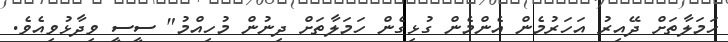
ހަމަލާތަށް ދޭއިރު އަހަރުމެން އެންމެން ގުޅިގެން ހަމަލާތަށް ދިނުން މުހިއްމު" ސީސީ ވިދާޅުވިއެވެ.